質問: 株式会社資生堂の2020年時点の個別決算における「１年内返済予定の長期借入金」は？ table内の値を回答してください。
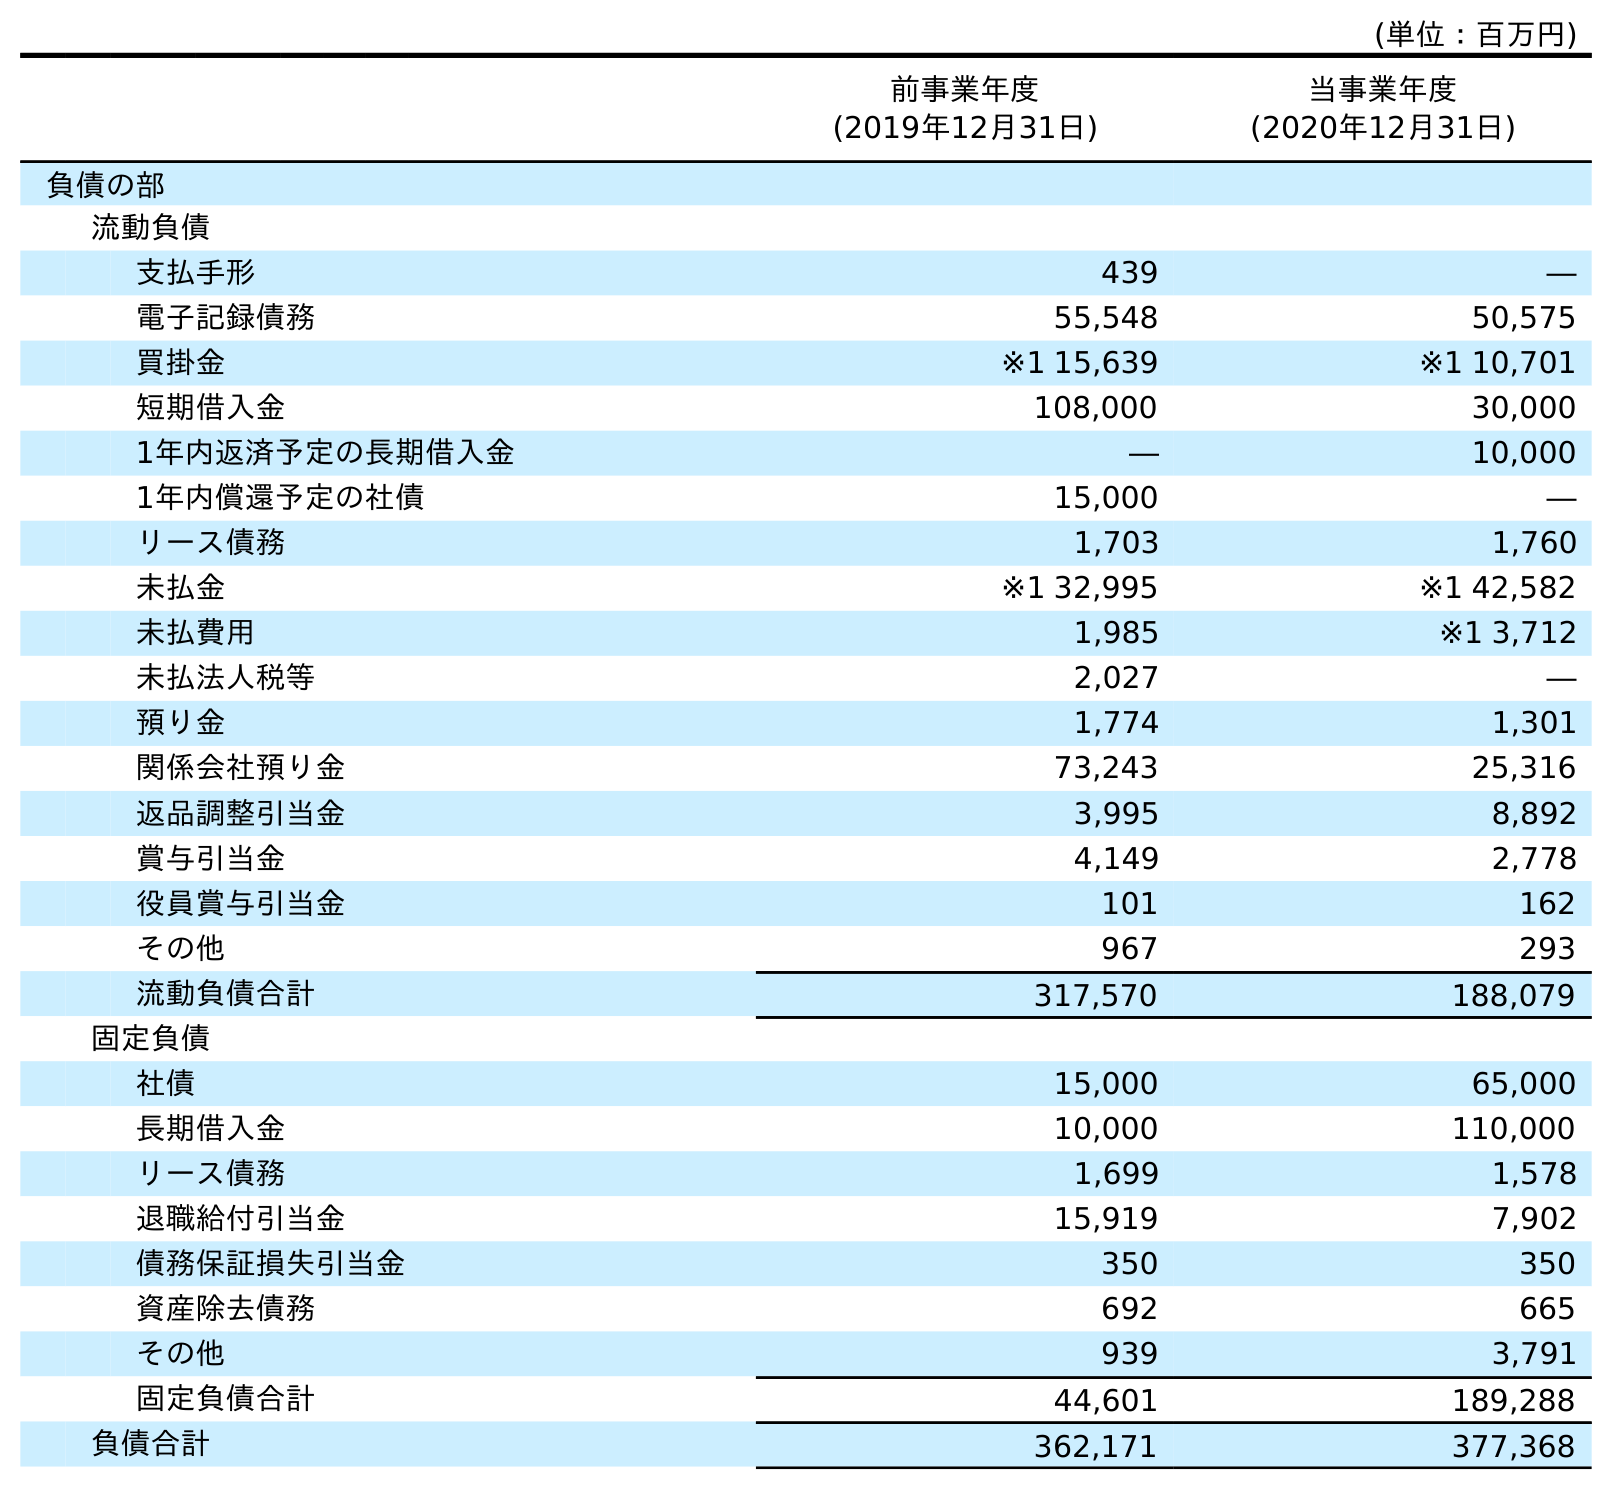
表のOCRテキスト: (単位：百万円) 前事業年度 (2019年12月31日) 当事業年度 (2020年12月31日) 負債の部 流動負債 支払手形 439 ― 電子記録債務 55,548 50,575 買掛金 ※1 15,639 ※1 10,701 短期借入金 108,000 30,000 1年内返済予定の長期借入金 ― 10,000 1年内償還予定の社債 15,000 ― リース債務 1,703 1,760 未払金 ※1 32,995 ※1 42,582 未払費用 1,985 ※1 3,712 未払法人税等 2,027 ― 預り金 1,774 1,301 関係会社預り金 73,243 25,316 返品調整引当金 3,995 8,892 賞与引当金 4,149 2,778 役員賞与引当金 101 162 その他 967 293 流動負債合計 317,570 188,079 固定負債 社債 15,000 65,000 長期借入金 10,000 110,000 リース債務 1,699 1,578 退職給付引当金 15,919 7,902 債務保証損失引当金 350 350 資産除去債務 692 665 その他 939 3,791 固定負債合計 44,601 189,288 負債合計 362,171 377,368
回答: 10,000